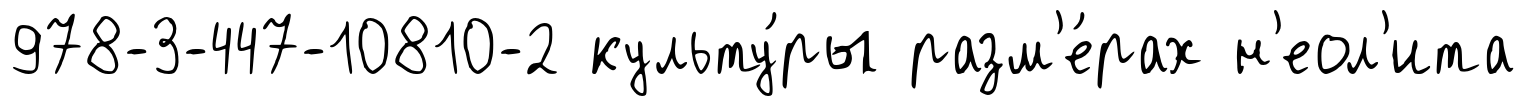
978-3-447-10810-2 культу́ры разм'е́рах н'еол'ита